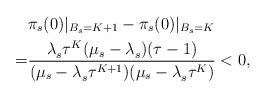
LaTeX: \begin{align*}&\pi_s(0)|_{B_s=K+1}-\pi_s(0)|_{B_s=K} \\ = & \frac{\lambda_s^{}\tau^{K}(\mu_s-\lambda_s^{})(\tau-1)}{(\mu_s-\lambda_s^{}\tau^{K+1})(\mu_s-\lambda_s^{}\tau^{K})} <0, \end{align*}